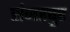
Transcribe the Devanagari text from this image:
संजरपुर